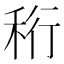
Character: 𥞧